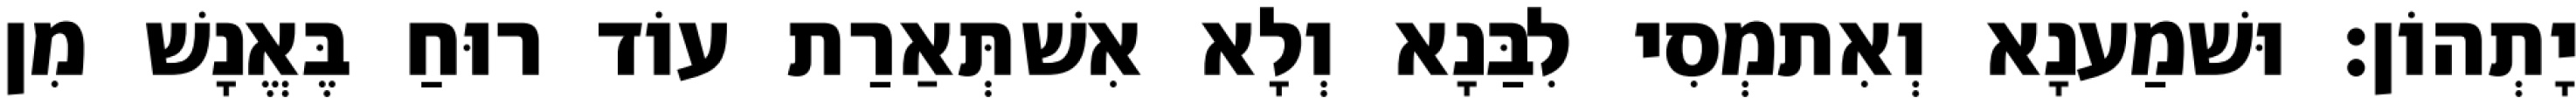
יָתְהוֹן׃ וּשׁמַענָא וְאִתמְסִי לִבַּנָא וְלָא אִשׁתְּאַרַת עוֹד רוּחַ בֶּאֱנָשׁ מִן